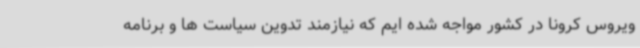
ویروس کرونا در کشور مواجه شده ایم که نیازمند تدوین سیاست ها و برنامه